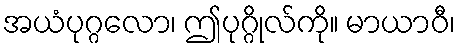
အယံပုဂ္ဂလော၊ ဤပုဂ္ဂိုလ်ကို။ မာယာဝီ၊